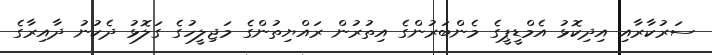
ސަރުކާރާއި އިދިކޮޅު އެމްޑީޕީގެ މެންބަރުންގެ އިތުރުން ރައްޔިތުންގެ މަޖިލީހުގެ ގަލޮޅު ދެކުނު ދާއިރާގެ